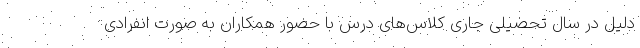
دلیل در سال تحصیلی جاری کلاس‌های درس با حضور همکاران به صورت انفرادی